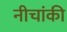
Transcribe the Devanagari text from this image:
नीचांकी